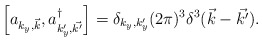
\begin{align*}\left[a_{{k_y},\vec{k}}, a_{{k'_y},\vec{k'}}^\dagger\right]= \delta_{{k_y},{k_y'}} (2\pi)^3 {\delta}^3(\vec{k}-\vec{k'}).\end{align*}